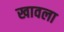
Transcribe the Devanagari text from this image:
खावला